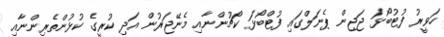
ހަވީރު ފުޓުބޯޅަ ޖަޖިން ޕެނަލްގައި ފުޓްބޯޅަ ކޯޗުންނާއި މެނޭޖަރުން އަދި ކުރީގެ ކުޅުންތެރިންނާއި